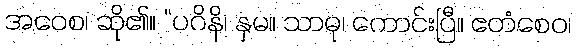
အဝေစ၊ ဆို၏။ “ပဂိနိ၊ နှမ။ သာဓု၊ ကောင်းပြီ။ ဧတံစေဝ၊